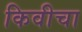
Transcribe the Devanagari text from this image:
किवीचा